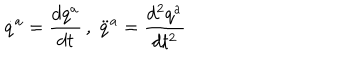
\dot { q } ^ { a } = \frac { d q ^ { a } } { d t } \, , \; \ddot { q } ^ { a } = \frac { d ^ { 2 } q ^ { a } } { d t ^ { 2 } }